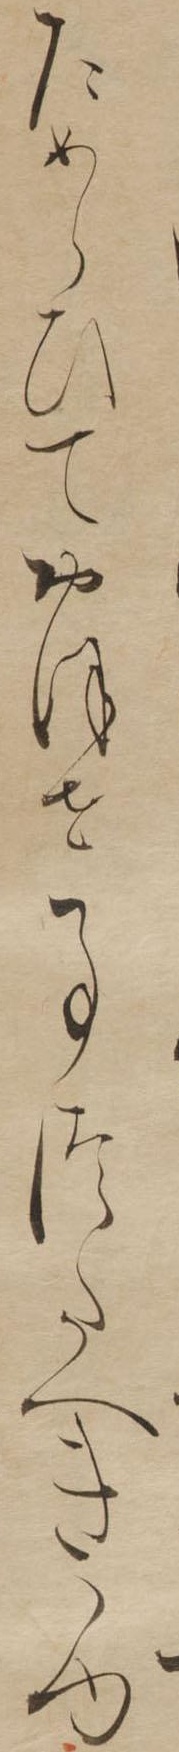
ためらひておほせ事つたへきゆ